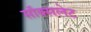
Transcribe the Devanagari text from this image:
सॉक्सलेट